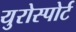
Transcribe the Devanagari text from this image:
युरोस्पोर्ट